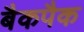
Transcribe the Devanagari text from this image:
बैकपैक